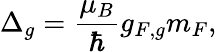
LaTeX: \Delta_{g}=\frac{\mu_{B}}{\hbar}g_{F,g}m_{F},